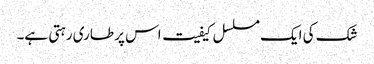
شک کی ایک مسلسل کیفیت اس پر طاری رہتی ہے۔